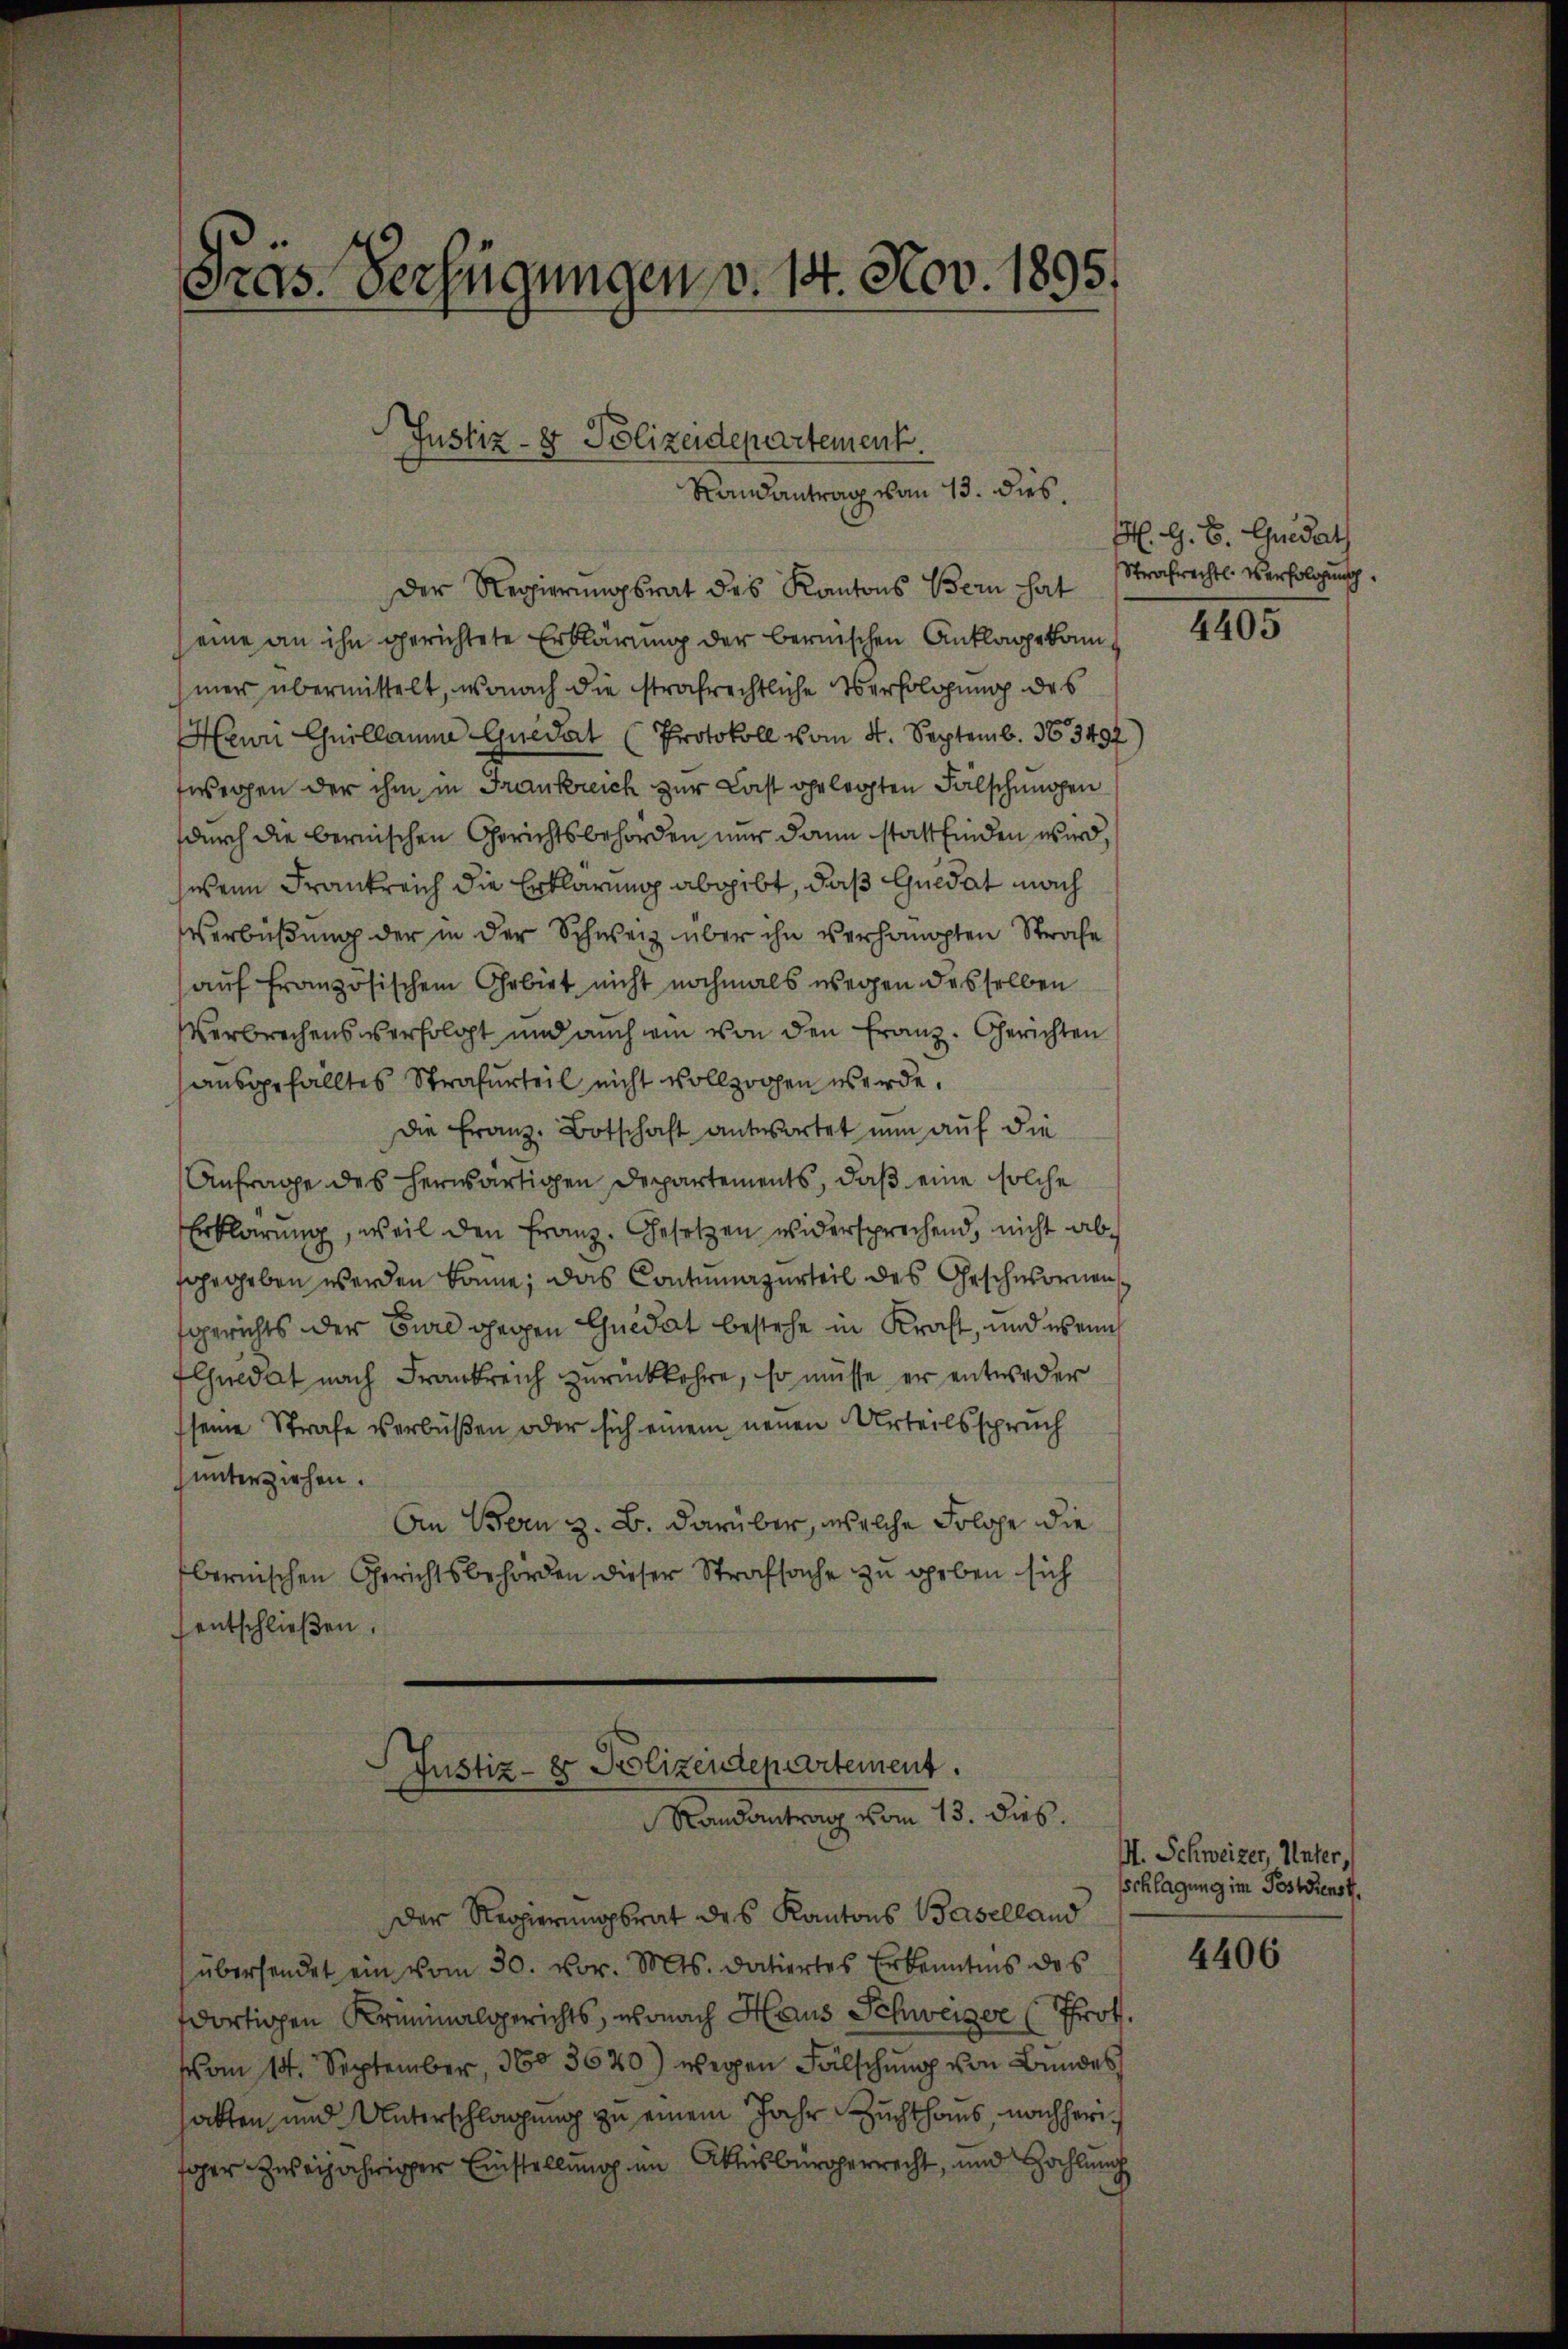
Pras. Verfügungen v. 14. Nov. 1895.

Justiz- & Polizeidepartement.
Randantrag von 13. dies.

Der Regierungsrat des Kantons Bern hat
eine an ihn gerichtete Erklärung der bernischen Anklage kommer übermittelt, wonach die strafrechtliche Verfolgung des
Heuri Guillaume Quedat (Protokoll vom 4. Septemb. 163492
fwegen der ihm in Frankreich zur Last gelegten Fälschungen
durch die bernischen Gerichtsbehörden nur dann stattfinden wird,
wenn Frankreich die Erklärung abgibt, daß Quidat nach
Verbüßung der in der Schweiz über ihn verhängten Strafe
auf französischem Gebiet nicht nochmals wegen desselben
Verbrechens verfolgt und auch wie von den Franz. Gerichten
ausgefälltes Strafurteil nicht vollzogen werde,
die Franz-Botschaft antwortet nun auf die
Anfrage des herwärtigen Departements, daß eine solche
Erklärung, weil den Franz. Gesetzen widersprechend, nicht absgegeben werden könne; das Contumazurteil des Geschwornen,
fgerichts der Eure gegen Quidat bestehe in Kraft, und wenn
Eluidat nach Frankreich zurückkehre, so müsse er entweder
seine Strafe verbüßen oder sich einem neuen Urteilsspruch
unterziehen.
An Bern z. B. darüber, welche Folge die
bernischen Gerichtsbehörden dieser Strafsache zu geben sich
entschlieβen.

Justiz - er Polizendepartement.
Randantrag vom 13. dies

Der Regierungsrat des Kantons Baselland
übersendet ein vom 30. vor. Mts. datiertes Erkenntnis des
dortigen Kriminalgerichts, wonach Haus Schweizer (Prot.
vom 14. September, 1603620) wegen Fälschung von Bundes
hatten, und Unterschlagung zu einem Jahr Zuchthaus, nachherioher zweijähriger Einstellung im Aktesbergerrecht, und Zahlung

M. G. B. Gedat
Strafrechtl. Verfolgung

4405

M. Schweizer, Unter,
schlagung im Postdienst.

4406